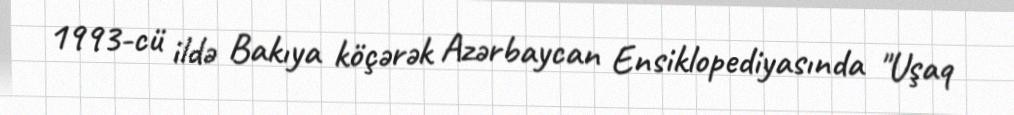
1993-cü ildə Bakıya köçərək Azərbaycan Ensiklopediyasında "Uşaq